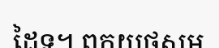
ដៃទ។ ពកយថសម